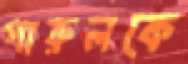
পারুলকে